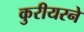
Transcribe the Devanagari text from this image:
कुरीयरने